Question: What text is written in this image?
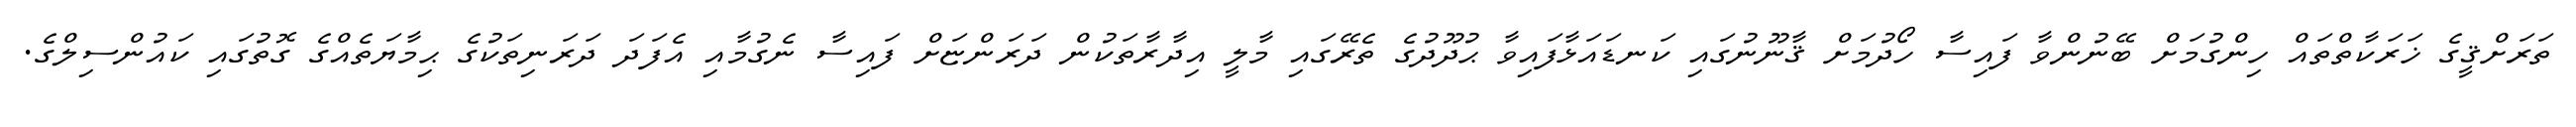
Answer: ތަރަށްޤީގެ ޚަރަކާތްތައް ހިންގުމަށް ބޭނުންވާ ފައިސާ ހޯދުމަށް ޤާނޫނުގައި ކަނޑައަޅާފައިވާ ޙުދޫދުގެ ތެރޭގައި މާލީ އިދާރާތަކުން ދަރަންޏަށް ފައިސާ ނެގުމާއި އެފަދަ ދަރަނިތަކުގެ ޙިމާޔަތެއްގެ ގޮތުގައި ކައުންސިލްގެ.